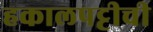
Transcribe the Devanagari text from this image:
हकालपट्टीची